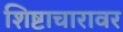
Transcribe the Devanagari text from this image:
शिष्टाचारावर